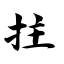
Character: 拄